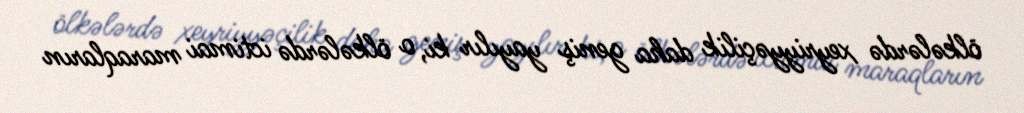
ölkələrdə xeyriyyəçilik daha geniş yayılır ki, o ölkələrdə ictimai maraqların